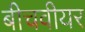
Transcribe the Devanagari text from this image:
बीचवीयर